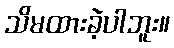
သိမထားခဲ့ပါဘူး။